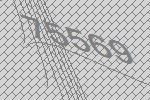
75569